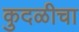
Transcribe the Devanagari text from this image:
कुदळीचा